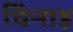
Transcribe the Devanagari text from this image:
चिनाइ